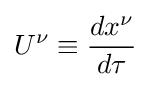
U^{\nu }\equiv {\frac {dx^{\nu }}{d\tau }}